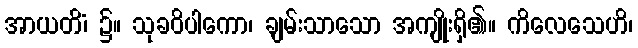
အာယတိံ၊ ၌။ သုခဝိပါကော၊ ချမ်းသာသော အကျိုးရှိ၏။ ကိလေသေဟိ၊